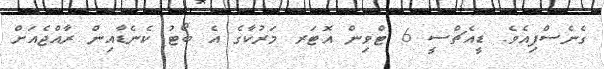
ގެނެސްފިއެވެ. ޑީއެޗްސީ 6 ޓްވިން އޮޓަރ މަރުކާގެ އެ ބޯޓު ކެނެޑާއިން ރާއްޖެއަށް